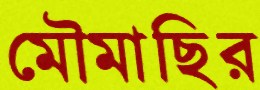
মৌমাছির